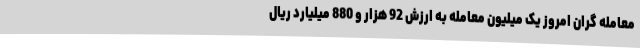
معامله گران امروز یک میلیون معامله به ارزش 92 هزار و 880 میلیارد ریال